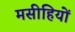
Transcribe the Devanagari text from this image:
मसीहियों